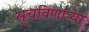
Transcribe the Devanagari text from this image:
सुचविणाऱ्या